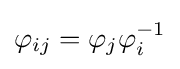
\varphi _{ij}=\varphi _{j}\varphi _{i}^{-1}